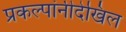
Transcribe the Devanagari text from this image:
प्रकल्पांनीदेखिल